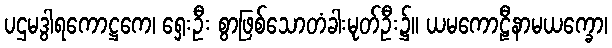
ပဌမဒွါရကောဋ္ဌကေ၊ ရှေးဦး စွာဖြစ်သောတံခါးမုတ်ဦး၌။ ယမကောဠီနာမယက္ခော၊